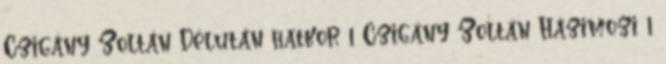
Czigány Zoltán Délután hatkor 1 Czigány Zoltán Házimozi 1